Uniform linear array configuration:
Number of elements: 64
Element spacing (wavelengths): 0.25
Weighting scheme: cosine
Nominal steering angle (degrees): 15
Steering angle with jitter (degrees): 16.619
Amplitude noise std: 0.05
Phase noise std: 0.05

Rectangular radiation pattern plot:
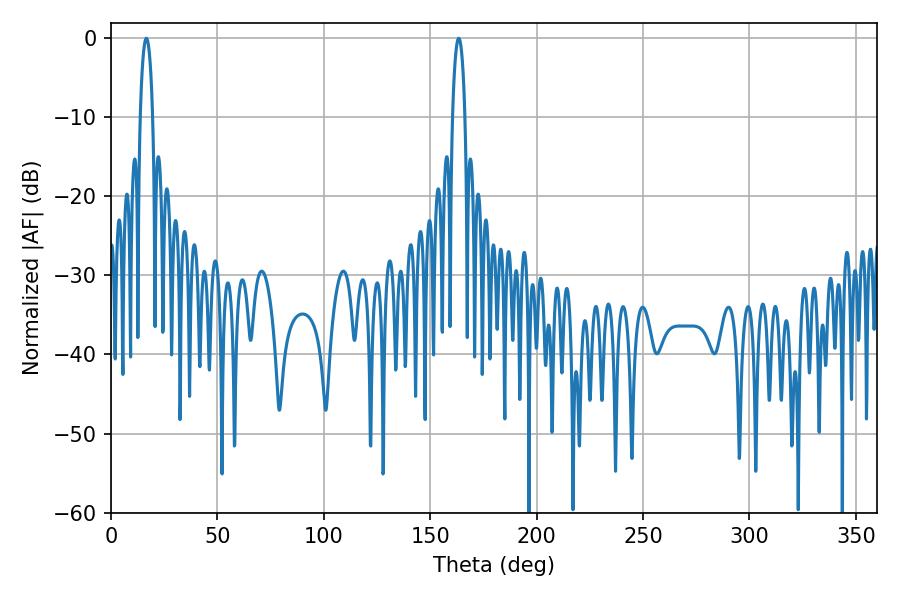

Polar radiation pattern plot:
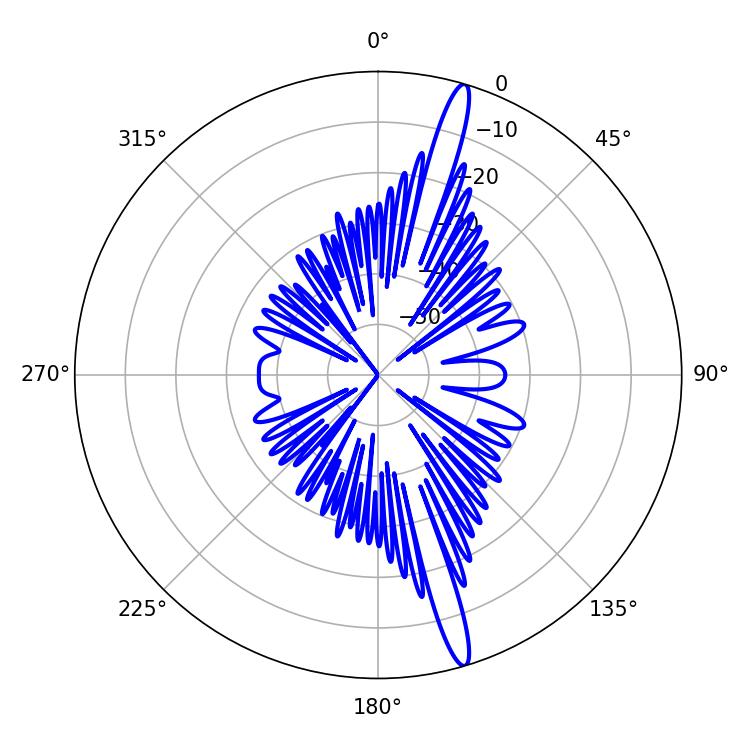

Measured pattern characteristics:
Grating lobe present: FALSE
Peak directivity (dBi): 17.249
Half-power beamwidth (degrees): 3.24
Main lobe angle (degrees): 16.56